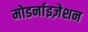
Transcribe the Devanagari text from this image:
मोडर्नाइज़ेशन